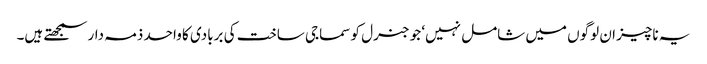
یہ ناچیز ان لوگوں میں شامل نہیں‘ جو جنرل کو سماجی ساخت کی بربادی کا واحد ذمہ دار سمجھتے ہیں۔